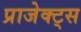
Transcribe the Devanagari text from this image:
प्राजेक्ट्स